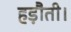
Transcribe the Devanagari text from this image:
हड़ौती।